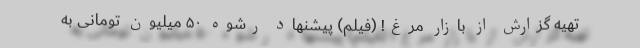
تهیه گزارش از بازار مُرغ! (فیلم) پیشنهاد رشوه ۵۰ میلیون تومانی به